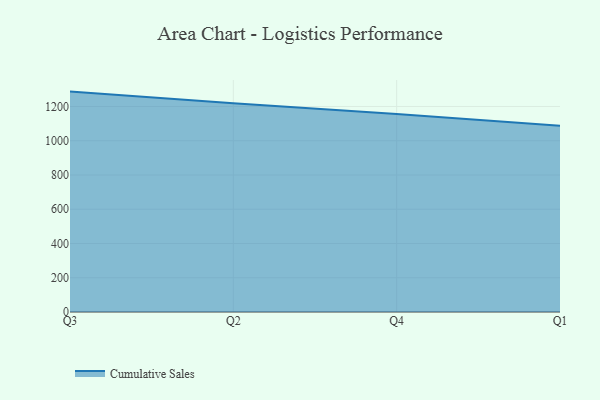
{"axis": {"x": "Quarter", "y": "Tickets Resolved"}, "legend": ["Cumulative Sales"], "data": [{"x": "Q3", "y": 1286.9, "type": "Cumulative Sales"}, {"x": "Q2", "y": 1219.0, "type": "Cumulative Sales"}, {"x": "Q4", "y": 1155.9, "type": "Cumulative Sales"}, {"x": "Q1", "y": 1087.7, "type": "Cumulative Sales"}]}